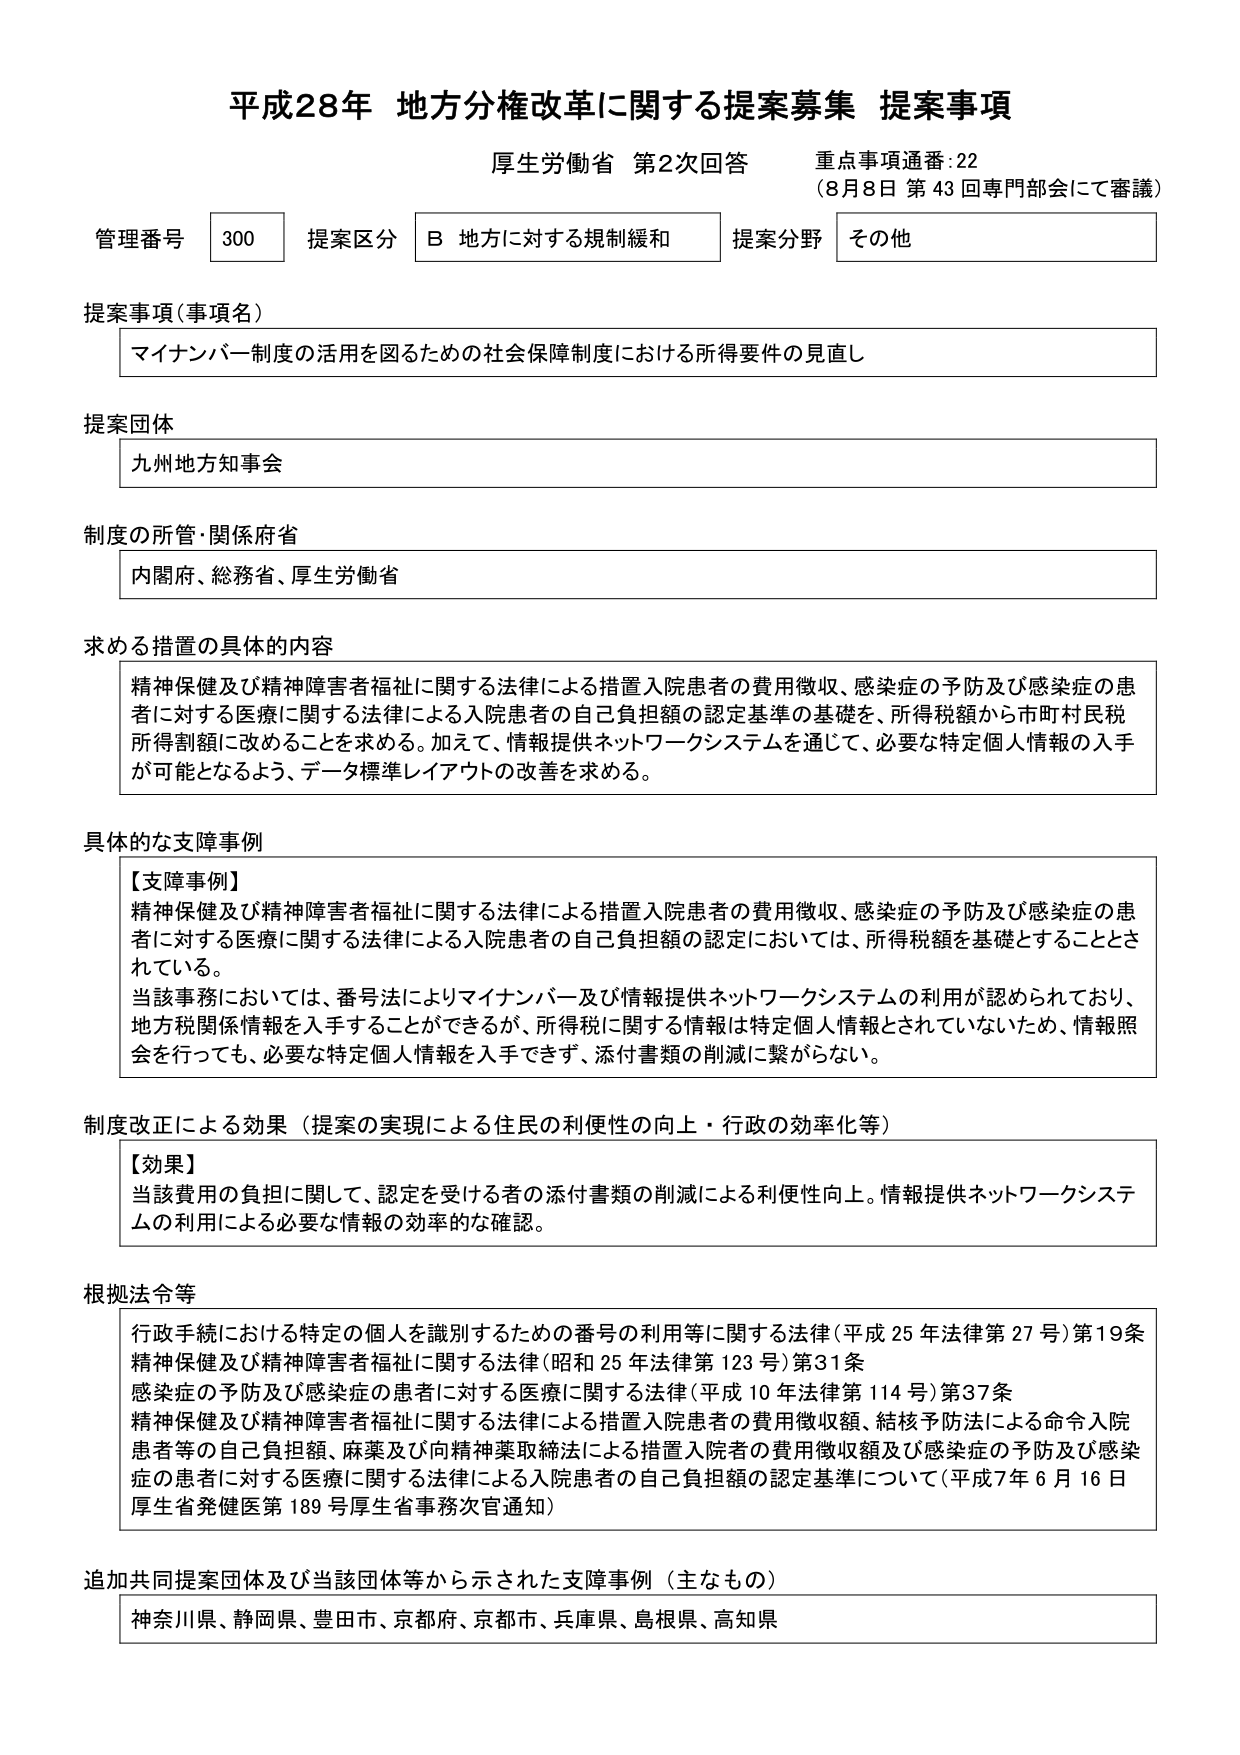
平成28年 地方分権改革に関する提案募集 提案事項
厚生労働省 第2次回答 重点事項通番:22
（8月8日 第43回専門部会にて審議）

管理番号 300 提案区分 B 地方に対する規制緩和 提案分野 その他

提案事項（事項名）
マイナンバー制度の活用を図るための社会保障制度における所得要件の見直し

提案団体
九州地方知事会

制度の所管・関係府省
内閣府、総務省、厚生労働省

求める措置の具体的内容
精神保健及び精神障害者福祉に関する法律による措置入院患者の費用徴収、感染症の予防及び感染症の患者に対する医療に関する法律による入院患者の自己負担額の認定基準の基礎を、所得税額から市町村民税所得割額に改めることを求める。加えて、情報提供ネットワークシステムを通じて、必要な特定個人情報の入手が可能となるよう、データ標準レイアウトの改善を求める。

具体的な支障事例
【支障事例】
精神保健及び精神障害者福祉に関する法律による措置入院患者の費用徴収、感染症の予防及び感染症の患者に対する医療に関する法律による入院患者の自己負担額の認定においては、所得税額を基礎とすることとされている。
当該事務においては、番号法によりマイナンバー及び情報提供ネットワークシステムの利用が認められており、地方税関係情報を入手することができるが、所得税に関する情報は特定個人情報とされていないため、情報照会を行っても、必要な特定個人情報を入手できず、添付書類の削減に繋がらない。

制度改正による効果（提案の実現による住民の利便性の向上・行政の効率化等）
【効果】
当該費用の負担に関して、認定を受ける者の添付書類の削減による利便性向上。情報提供ネットワークシステムの利用による必要な情報の効率的な確認。

根拠法令等
行政手続における特定の個人を識別するための番号の利用等に関する法律（平成25年法律第27号）第19条
精神保健及び精神障害者福祉に関する法律（昭和25年法律第123号）第31条
感染症の予防及び感染症の患者に対する医療に関する法律（平成10年法律第114号）第37条
精神保健及び精神障害者福祉に関する法律による措置入院患者の費用徴収額、結核予防法による命令入院患者等の自己負担額、麻薬及び向精神薬取締法による措置入院者の費用徴収額及び感染症の予防及び感染症の患者に対する医療に関する法律による入院患者の自己負担額の認定基準について（平成7年6月16日 厚生省発健医第189号厚生省事務次官通知）

追加共同提案団体及び当該団体等から示された支障事例（主なもの）
神奈川県、静岡県、豊田市、京都府、京都市、兵庫県、島根県、高知県